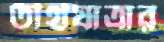
তীর্থযাত্রার